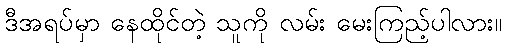
ဒီအရပ်မှာ နေထိုင်တဲ့ သူကို လမ်း မေးကြည့်ပါလား။